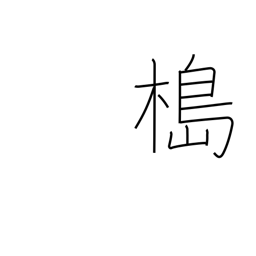
Meaning: mooring pole